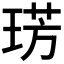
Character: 𭹛